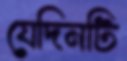
যেদিনটি